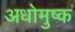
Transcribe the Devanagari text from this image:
अधोमुष्क